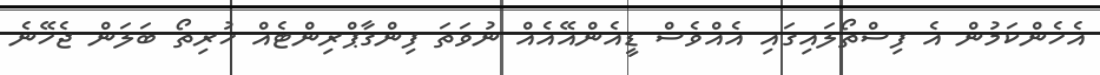
އެހެންކަމުން އެ ފިސްތޯލައިގައި އެއްވެސް ޑީއެންއޭއެއް ނުވަތަ ފިންގާޕްރިންޓެއް ހުރިތޯ ބަލަން ޖެހޭނެ